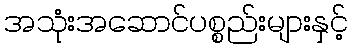
အသုံးအဆောင်ပစ္စည်းများနှင့်